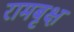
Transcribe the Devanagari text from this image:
रामबृक्ष